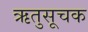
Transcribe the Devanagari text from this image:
ऋतुसूचक